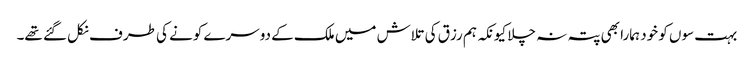
بہت سوں کو خود ہمارا بھی پتہ نہ چلا کیونکہ ہم رزق کی تلاش میں ملک کے دوسرے کونے کی طرف نکل گئے تھے۔